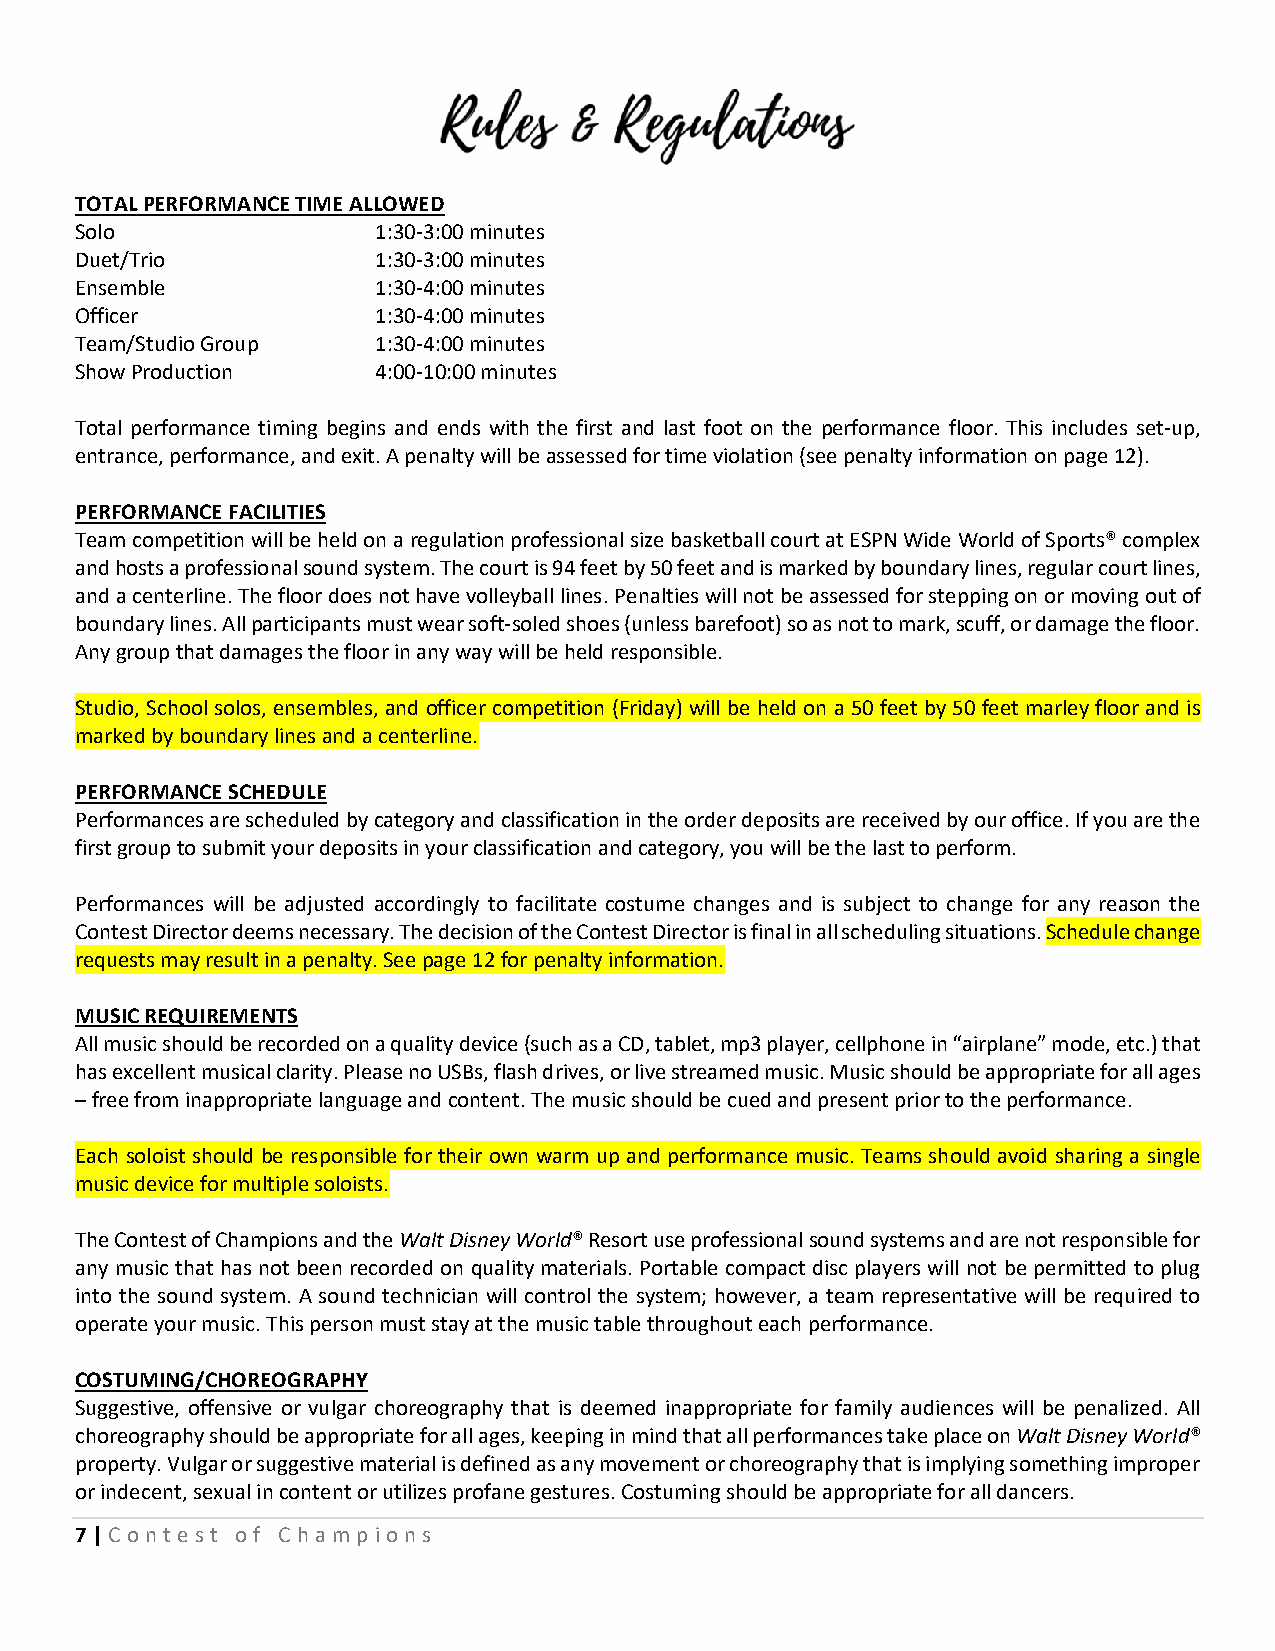
TOTAL PERFORMANCE TIME ALLOWED
 Solo                1:30-3:00 minutes
 Duet/Trio           1:30-3:00 minutes
 Ensemble            1:30-4:00 minutes
 Officer             1:30-4:00 minutes
 Team/Studio Group   1:30-4:00 minutes
 Show Production     4:00-10:00 minutes
 Total performance timing begins and ends with the first and last foot on the performance floor. This includes set-up,
 entrance, performance, and exit. A penalty will be assessed for time violation (see penalty information on page 12).
 PERFORMANCE FACILITIES
 Team competition will be held on a regulation professional size basketball court at ESPN Wide World of Sports® complex
 and hosts a professional sound system. The court is 94 feet by 50 feet and is marked by boundary lines, regular court lines,
 and a centerline. The floor does not have volleyball lines. Penalties will not be assessed for stepping on or moving out of
 boundary lines. All participants must wear soft-soled shoes (unless barefoot) so as not to mark, scuff, or damage the floor.
 Any group that damages the floor in any way will be held responsible.
 Studio, School solos, ensembles, and officer competition (Friday) will be held on a 50 feet by 50 feet marley floor and is
 marked by boundary lines and a centerline.
 PERFORMANCE SCHEDULE
 Performances are scheduled by category and classification in the order deposits are received by our office. If you are the
 first group to submit your deposits in your classification and category, you will be the last to perform.
 Performances will be adjusted accordingly to facilitate costume changes and is subject to change for any reason the
 Contest Director deems necessary. The decision of the Contest Director is final in all scheduling situations. Schedule change
 requests may result in a penalty. See page 12 for penalty information.
 MUSIC REQUIREMENTS
 All music should be recorded on a quality device (such as a CD, tablet, mp3 player, cellphone in “airplane” mode, etc.) that
 has excellent musical clarity. Please no USBs, flash drives, or live streamed music. Music should be appropriate for all ages
 – free from inappropriate language and content. The music should be cued and present prior to the performance.
 Each soloist should be responsible for their own warm up and performance music. Teams should avoid sharing a single
 music device for multiple soloists.
 The Contest of Champions and the Walt Disney World® Resort use professional sound systems and are not responsible for
 any music that has not been recorded on quality materials. Portable compact disc players will not be permitted to plug
 into the sound system. A sound technician will control the system; however, a team representative will be required to
 operate your music. This person must stay at the music table throughout each performance.
 COSTUMING/CHOREOGRAPHY
 Suggestive, offensive or vulgar choreography that is deemed inappropriate for family audiences will be penalized. All
 choreography should be appropriate for all ages, keeping in mind that all performances take place on Walt Disney World®
 property. Vulgar or suggestive material is defined as any movement or choreography that is implying something improper
 or indecent, sexual in content or utilizes profane gestures. Costuming should be appropriate for all dancers.
 7 | C ont e st of C hampions